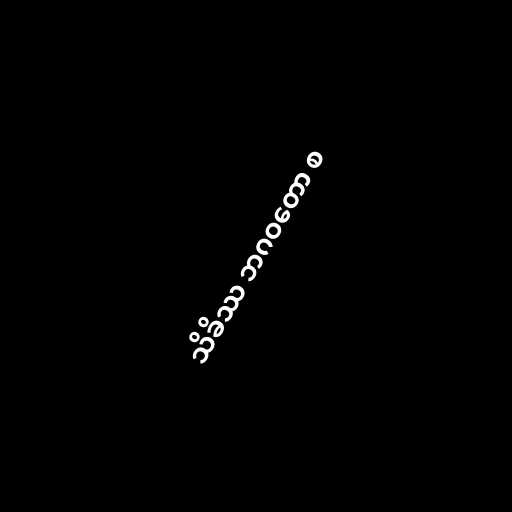
သိခိဿ ဘဂဝတော စ